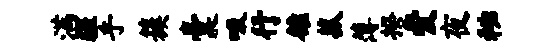
满疆乎簇囊吸行雒菰薄揆爱夜秘